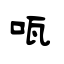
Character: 咓